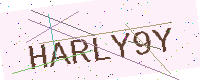
Text: HARLY9Y